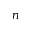
n